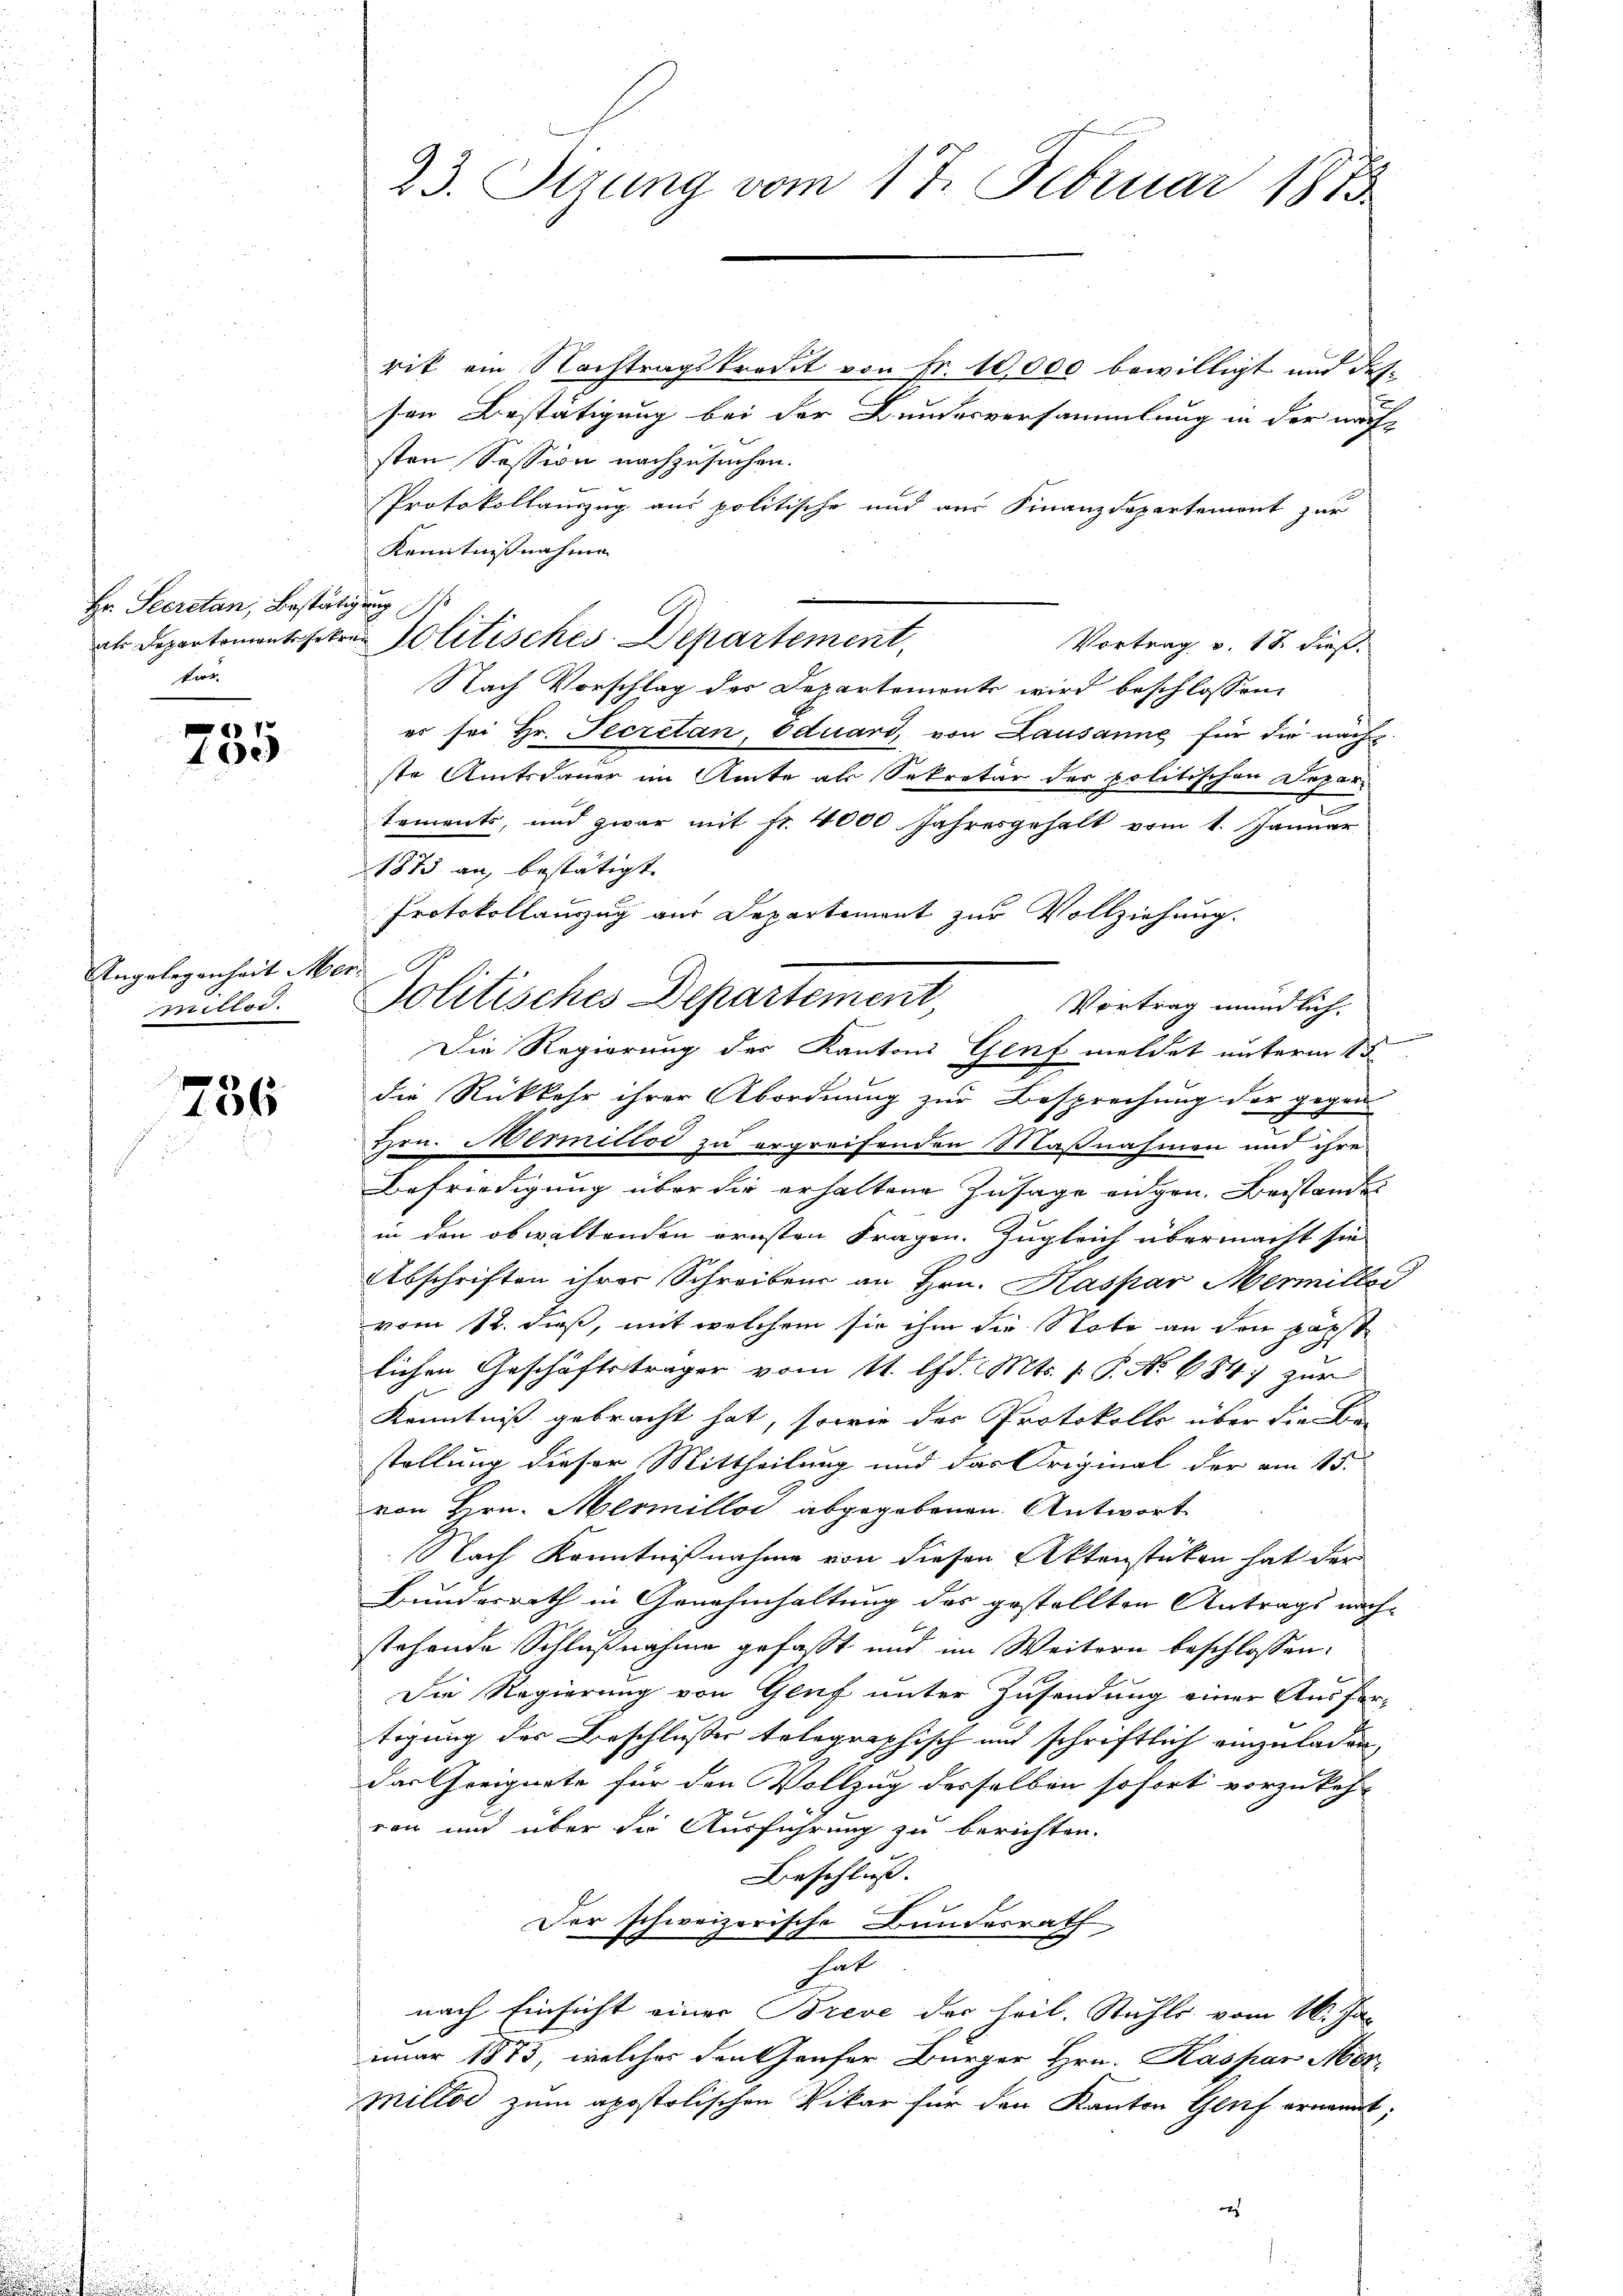
Hr. Secretan, Bestätigung d
for

1
2

rik ein Nachtragskredit von Fr. 10,000 bewilligt und dessen Bestätigung bei der Bundesversammlung in der nach
sten Session nachzusuchen.
Protokollauszug aus politische und aus Finanzdepartemont zur
Kenntnisnahme
Vortrag v. 18. dieß.
Nach Vorschlag des Departemente wird beschlossen:
er sei Hr. Secretan, Eduard, von Lausanne für die nachste Amtsdauer im Amte als Sekretär des politischen Depar¬
.
toments, und zwar mit fr. 4000 Jahresgehalt vom 1. Januar
1873 an, bestätigt.
Protokollauszug aus Departement zur Vollziehung.
Politisches Departement
Vortrag mündlich.
Die Regierung des Kantons Genf meldet unterm 15
die Rückkehr ihrer Abordnung zur Besprechung der gegen
Hrn. Mermellod zu ergreifenden Maßnahmen und ihre
Befriedigung über die erhaltene Zusage eidgen. Beistande
in den obwaltenden ernsten Fragen. Zugleich übermacht sie
Abschriften ihrer Schreibens an Hrn. Kaspar Mermiller
vom 12. dieß, mit welchem sie ihm die Note an den päpst
lichen Geschäftsträger vom 11. d. Mts. (: P. Nr. 684 zur
Kenntniß gebracht hat, sowie der Protokolls über die Be-
stellung dieser Mittheilung und das Original der am 15.
von Hrn. Mermellos abgegebenen Antwort
Nach Kenntnißnahme von diesen Aktenstücken hat der
Bundesrath in Genehmhaltung des gestellten Antrags nach- |
stehende Schlußnahme gefasst und im Weitern beschlossen:
Die Regierung von Genf unter Zusendung einer Ausfertigung des Beschlusses telegraphisch und schriftlich einzuladen,
dartheeignete für den Vollzug desselben sofort vorzukehr
ron und über die Ausführung zu berichten.
Beschluss. |
Der schweizerische Bundesrath
hat
nach Einsicht einer Breve der heil. Stuhls vom 16. Jan
e
uar 1873, welcher den Genfer Bürger Hrn. Kaspar Mor¬
Millod zum apostolischen Vikar für den Kanton Genf ernannt,
.

Angelegenheit Mer
miller.

736

23. Stzung vom 17. Februar 1873

als Departementsfahren Politisches Departement,